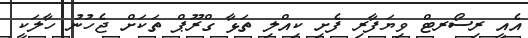
އެއީ ރިސޯރޓް ވިޔަފާރި ފެށި ކިއްލި ތަޅާ ގްރޫޕް ތަކަށް ޖެހުނު ހާލަކީ